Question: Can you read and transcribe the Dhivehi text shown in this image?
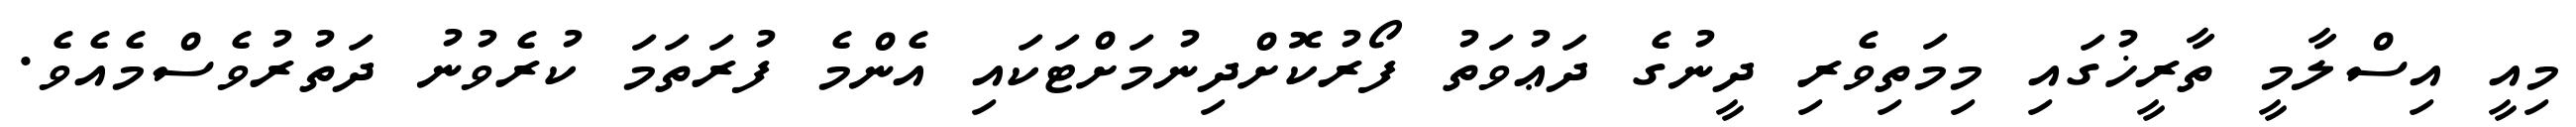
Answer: މިއީ އިސްލާމީ ތާރީޚުގައި މިމަތިވެރި ދީނުގެ ދަޢުވަތު ފޯރުކޮށްދިނުމަށްޓަކައި އެންމެ ފުރަތަމަ ކުރެވުނު ދަތުރުވެސްމެއެވެ.